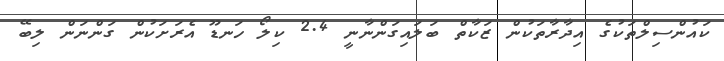
ކައުންސިލްތަކުގެ އިދާރާތަކުން ޒަކާތް ބަލައިގަންނާނީ 2.4 ކިލޯ ހަނޑޫ އެރަށަކުން ގަންނަން ލިބޭ